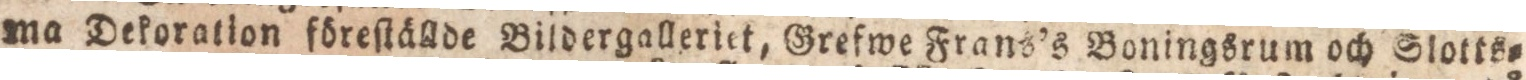
ma Dekoration föreſtällde Bildergalleriet, Grefwe Frans’s Boningsrum och Slotts=